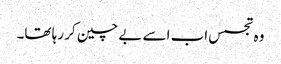
وہ تجسس اب اسے بے چین کر رہا تھا۔